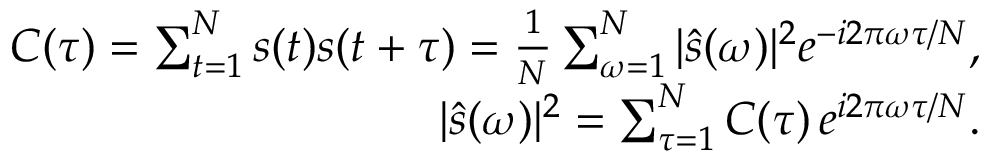
\begin{array} { r l r } & { } & { C ( \tau ) = \sum _ { t = 1 } ^ { N } s ( t ) s ( t + \tau ) = \frac { 1 } { N } \sum _ { \omega = 1 } ^ { N } | \hat { s } ( \omega ) | ^ { 2 } e ^ { - i 2 \pi \omega \tau / N } , } \\ & { } & { | \hat { s } ( \omega ) | ^ { 2 } = \sum _ { \tau = 1 } ^ { N } C ( \tau ) \, e ^ { i 2 \pi \omega \tau / N } . } \end{array}